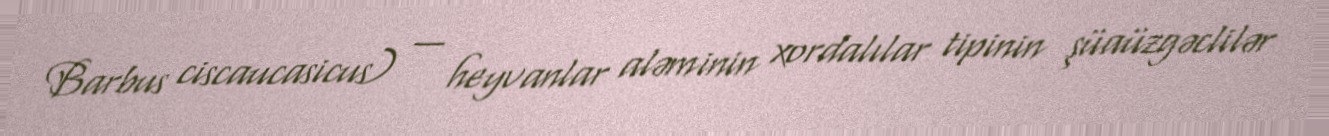
Barbus ciscaucasicus) — heyvanlar aləminin xordalılar tipinin şüaüzgəclilər